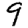
Digit: 9